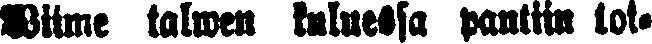
Wiime talwen kuluessa pantiin tok-